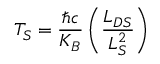
T _ { S } = \frac { \hbar c } { K _ { B } } \left( \frac { L _ { D S } } { L _ { S } ^ { 2 } } \right)